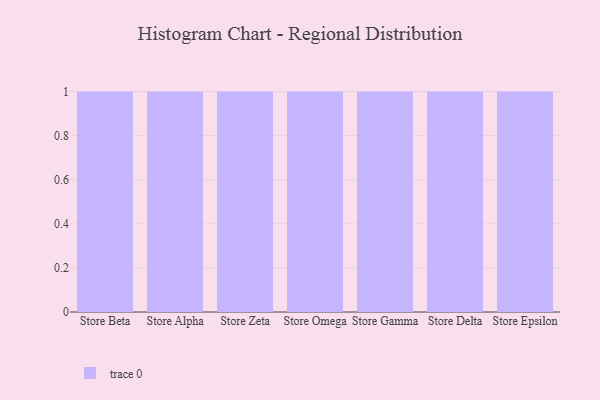
{"axis": {"x": "Store", "y": "Bounce Rate (%)"}, "legend": [""], "data": [{"x": "Store Beta", "y": 25, "type": ""}, {"x": "Store Alpha", "y": 92, "type": ""}, {"x": "Store Zeta", "y": 86, "type": ""}, {"x": "Store Omega", "y": 17, "type": ""}, {"x": "Store Gamma", "y": 42, "type": ""}, {"x": "Store Delta", "y": 6, "type": ""}, {"x": "Store Epsilon", "y": 20, "type": ""}]}